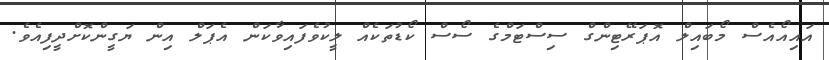
އައިއޯއެސް މޯބައިލް އޮޕަރޭޓިންގް ސިސްޓަމްގެ ސޯސް ކޯޑުތަކެއް ލީކުވެފައިވާކަން އެޕަލް އިން ޔަގީންކޮށްދީފިއެވެ.